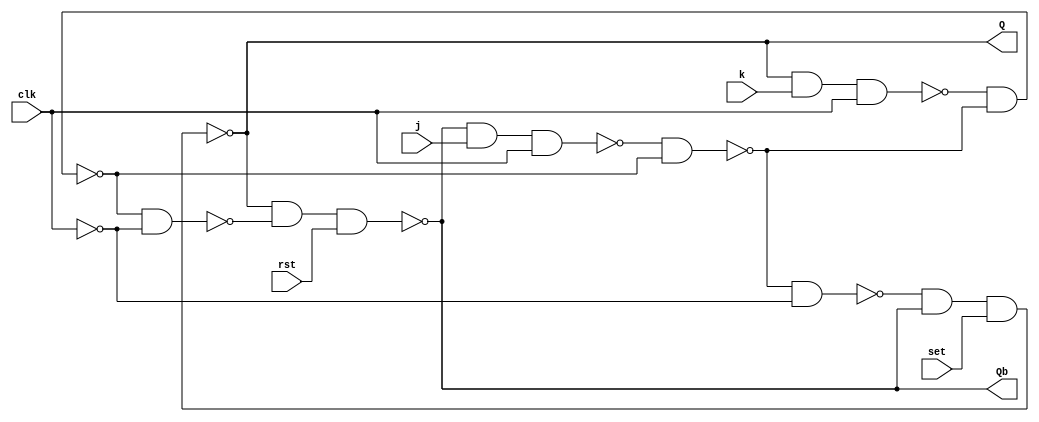
module jk_NAND(j,k,clk,Q,rst,Qb,set);
input j,k,clk,set,rst;
output Q,Qb;
wire [6:0]t;
not g1(t[0],clk);
nand g2(t[1],Qb,j,clk);
nand g3(t[2],Q,k,clk);
nand g4(t[3],t[1],t[4]);
nand g5(t[4],t[2],t[3]);
nand g6(t[5],t[3],t[0]);
nand g7(t[6],t[4],t[0]);
nand g8(Q,t[5],Qb,set);
nand g9(Qb,Q,t[6],rst);
endmodule